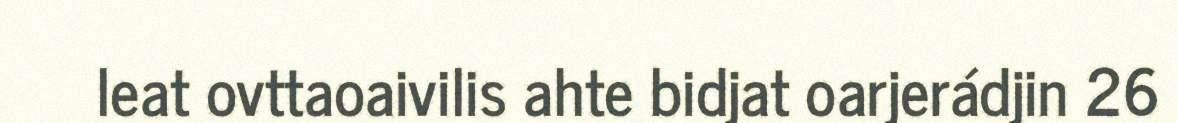
leat ovttaoaivilis ahte bidjat oarjerádjin 26